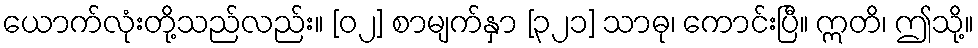
ယောက်လုံးတို့သည်လည်း။ [၀၂] စာမျက်နှာ [၃၂၁] သာဓု၊ ကောင်းပြီ။ ဣတိ၊ ဤသို့။